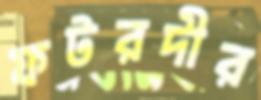
ফটরদীর